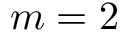
m = 2